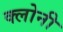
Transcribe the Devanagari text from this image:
क्लोनी